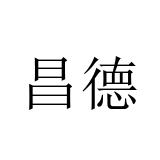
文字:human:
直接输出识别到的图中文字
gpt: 昌德